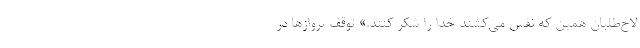
لاح‌طلبان همین که نَفَس می‌کشند خدا را شکر کنند.» توقف پروازها در